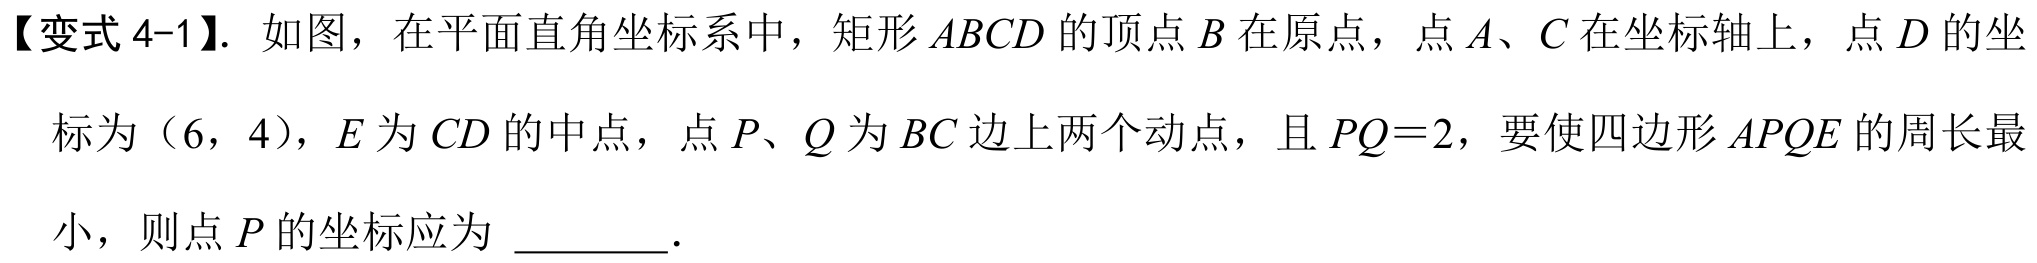
【变式4-1】. 如图，在平面直角坐标系中，矩形\(ABCD\)的顶点\(B\)在原点，点\(A、C\)在坐标轴上，点\(D\)的坐
标为（6，4），\(E\)为\(CD\)的中点，点\(P、Q\)为\(BC\)边上两个动点，且\(PQ = 2\)，要使四边形\(APQE\)的周长最
小，则点\(P\)的坐标应为 \_\_\_\_\_．